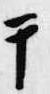
于